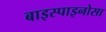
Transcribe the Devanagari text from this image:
बाइस्पाइनोसा